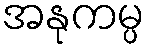
အနုကမ္ပ